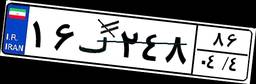
۱۶گ۲۴۸۸۶